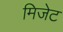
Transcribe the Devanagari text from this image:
मिजेट